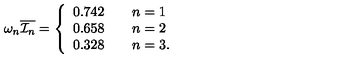
\omega _ { n } \overline { { { \cal I } _ { n } } } = \left\{ \begin{array} { l c } { 0 . 7 4 2 \qquad n = 1 } \\ { 0 . 6 5 8 \qquad n = 2 } \\ { 0 . 3 2 8 \qquad n = 3 . } \\ \end{array} \right.